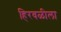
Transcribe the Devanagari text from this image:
हिरवळीला